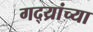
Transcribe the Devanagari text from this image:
गद्य्रांच्या